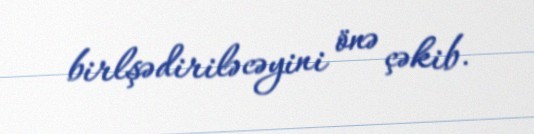
birlşədiriləcəyini önə çəkib.